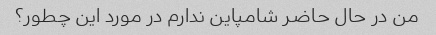
من در حال حاضر شامپاین ندارم در مورد این چطور؟